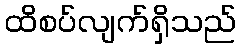
ထိစပ်လျက်ရှိသည်